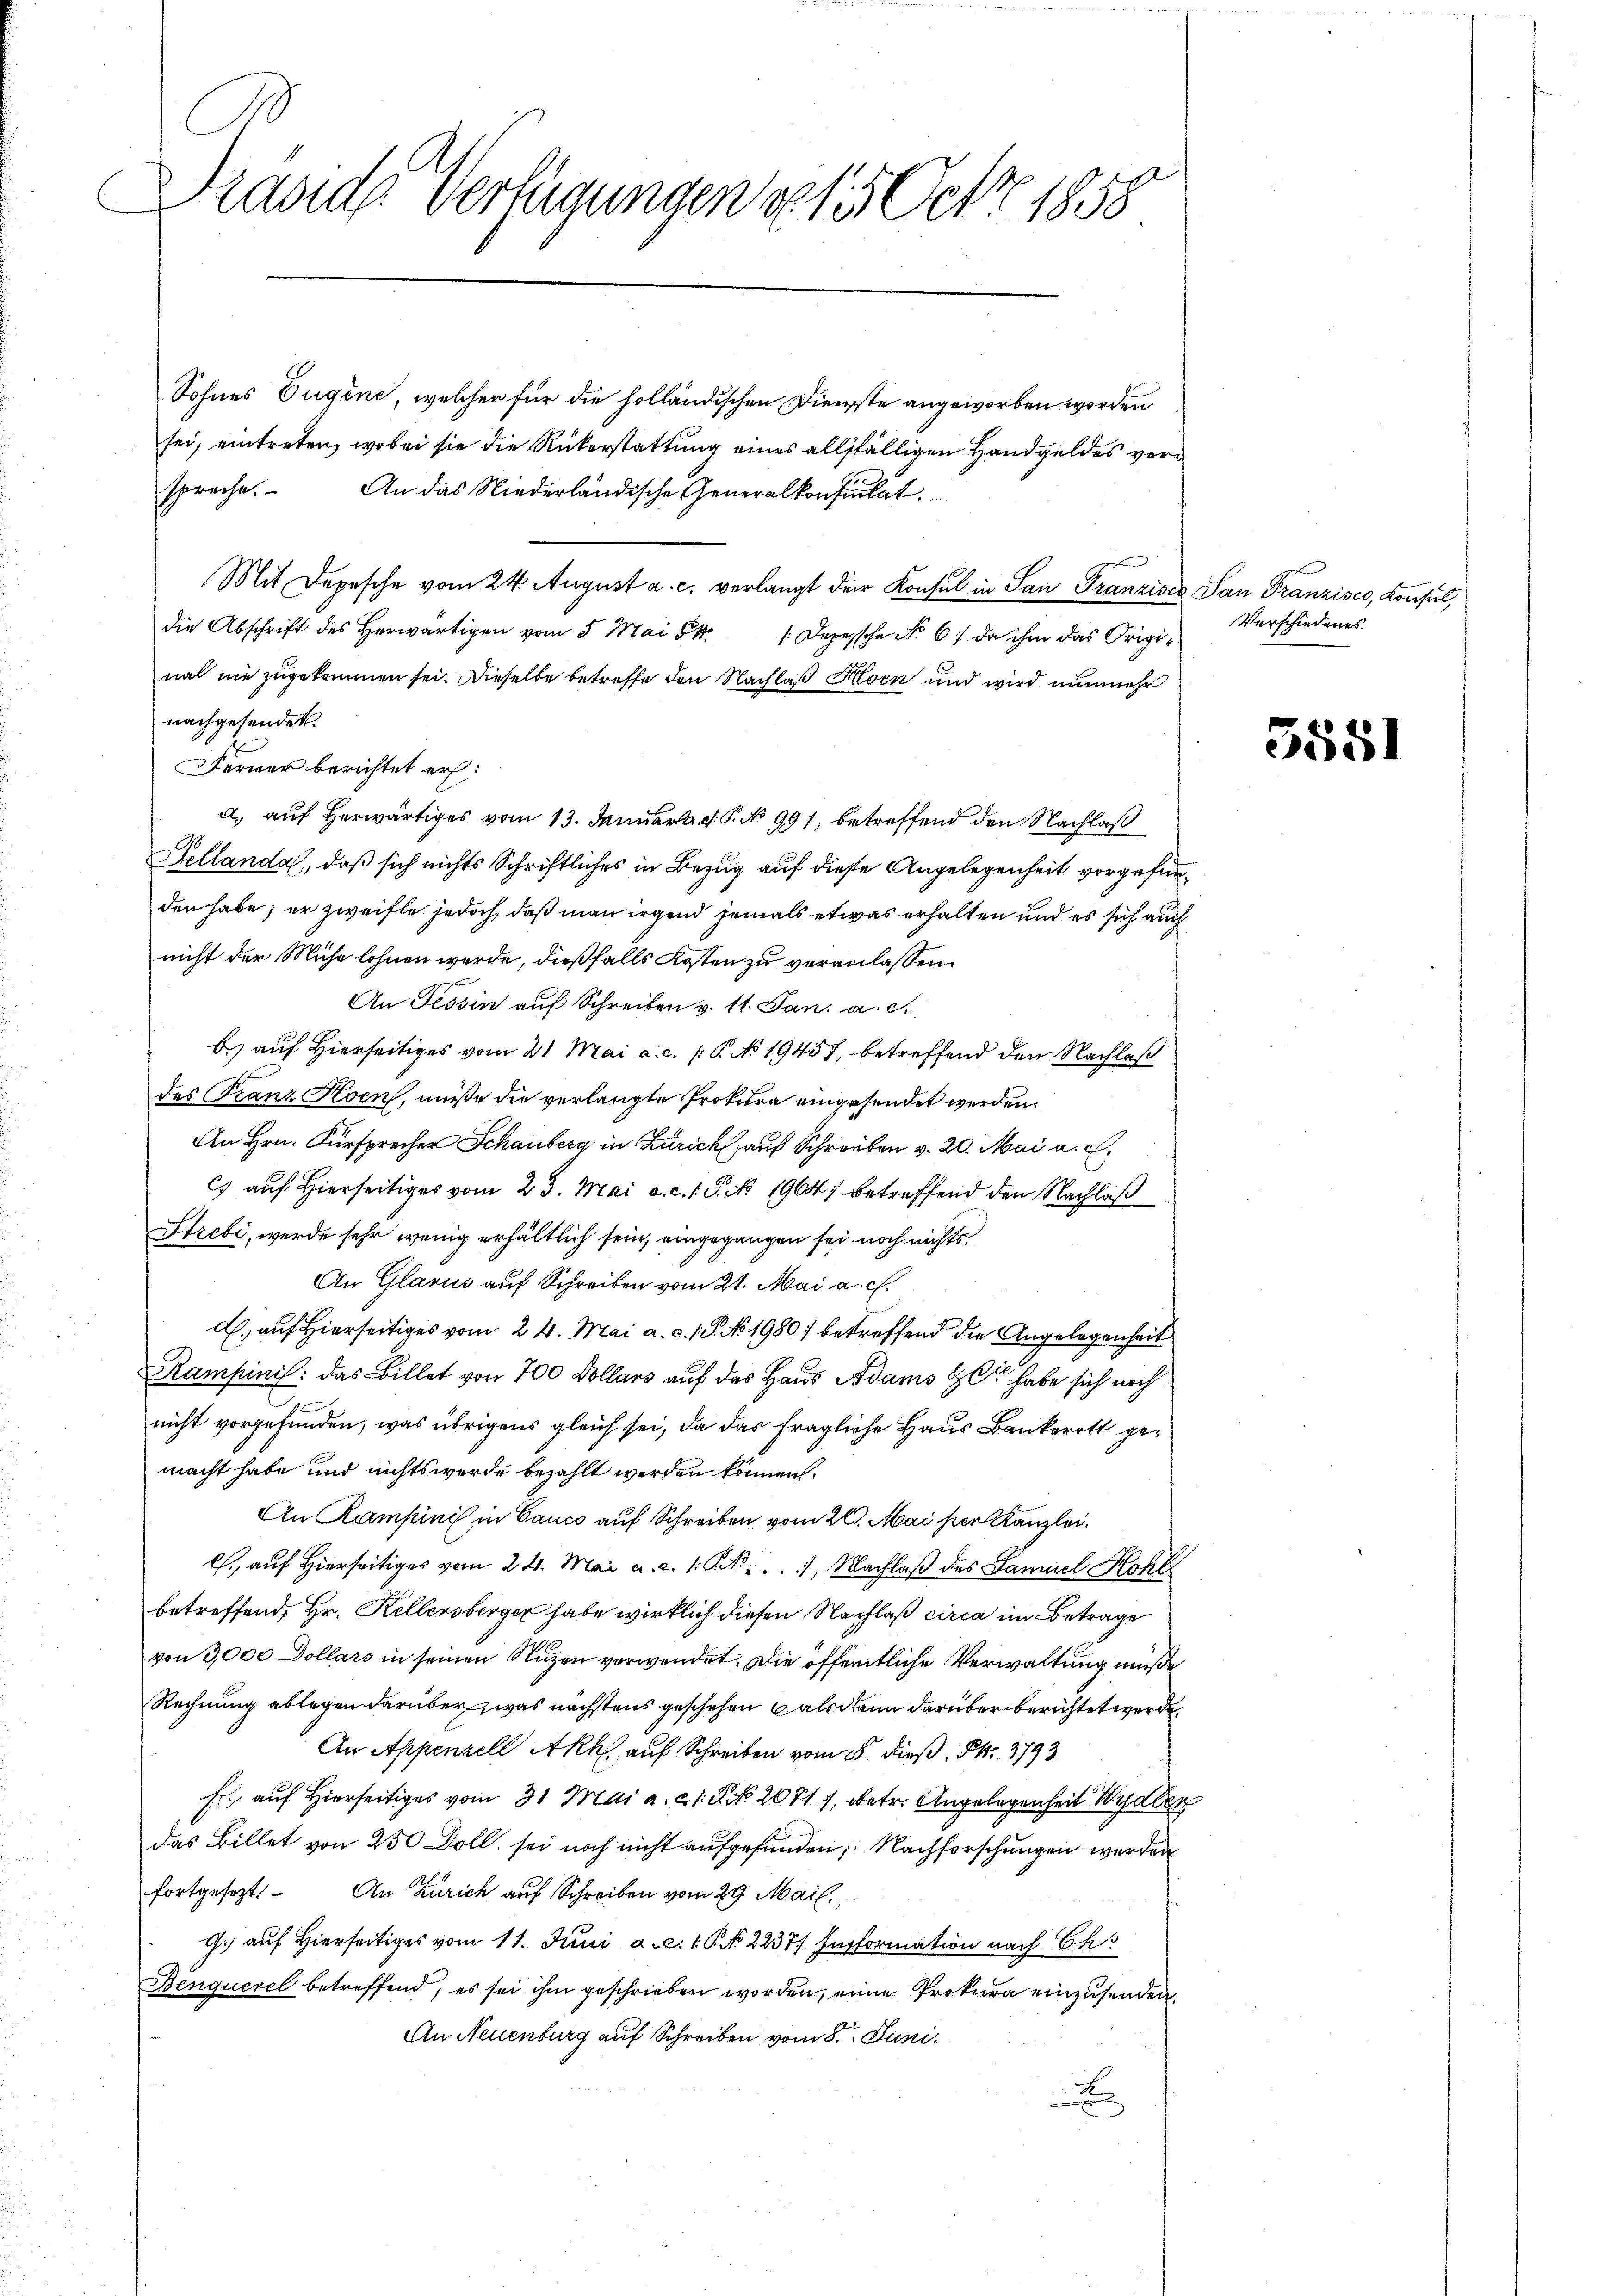
Drande Verfügungen d. 15. Petr. 1858

Sohnes Eugene, welcher für die holländischen Dienste angeworben worden
sei, eintreten, wobei sie die Rükerstattung eines allfälligen Handgeldes versproche. An das Niederländische Generalkonsulat
Mit Depesche vom 24. August a. c. verlangt der Konsul in San Franzisca San Franzisco, Konsul,
die Abschrift des herwärtigen vom 5. Mai 841. Depesche No. 6. da ihm das Original nie zugekommen sei. Dieselbe betreffe den Nachlaß Hoen und wird nunmehr
nachgesendet.
Ferner berichtet er:
d) auf herwärtiges vom 13. Januar d. P. No 991, betreffend den Nachlaß
Fellanda, daß sich nichts Schriftliches in Bezug auf diese Angelegenheit vorgefunden habe; er zweifle jedoch, daß man irgend jemals etwas erhalten und es sich auch
nicht der Mühe lohnen werde, dießfalls Kosten zu veranlassen.
An Tessin auf Schreiben v. 11. Jan. a. c.
b) auf Hierseitiges vom 21 Mai a. c. 1 P. No 19457, betreffend den Nachlaß
des Franz Hoen, müße die verlangte Prokura eingesendet werden.
An Hrn. Fürsprecher Schauberg in Zürich, auf Schreiben v. 20. Mai a. c.
C) auf Hierseitiges vom 23. Mai a. c. 1. P. No 1904 betreffend den Nachlaß
Strebi, werde sehr wenig erhältlich sein, eingegangen sei noch nichts¬
An Glarus auf Schreiben vom 21. Mai a. c.
d. auf Hierseitiges vom 24. Mai a. c. 1. No. 1980) betreffend die Angelegenheit
Kampinis: das Billet von 700 Dollars auf das Haus Adams er habe sich noch
nicht vorgefunden, was übrigens gleich sei, da das fragliche Haus Bankerott gemacht habe und nichts werde bezahlt werden können.
An Kampini in Canco auf Schreiben vom 20. Mai her Kanzlei.
l. auf hierseitiges vom 24. Mai a. a. 1. St. ..  Nachlaβ des Samuel Hohll
betreffend, Hr. Kellersberger habe wirklich diesen Nachlaß circa im Betrage
von 3,000 Dollars in seinen Nuzen verwendet. Die öffentliche Verwaltung müße
Rechnung ablegen darüber, was nächstens geschehen, als dann darüber berichtet werde.
An Appenzell Akk auf Schreiben vom 5. dieß Pkt. 1793.
f. auf Hierseitiges vom 31 Mai a. c. 18. No. 2071, betr. Angelegenheit Wydler
das Billet von 250 Doll, sei noch nicht aufgefunden; Nachforschungen werden
fortgesezt. An Zürich auf Schreiben vom 29. Mail
G. auf Hierseitiges vom 11. Juni a. c. 1 P. Nr. 2237) Insformation nach Ch
Benquerel betreffend, es sei ihm geschrieben worden, einen Prokura einzusenden.
An Neuenburg auf Schreiben vom 8. Juni.
B

Verschiedenes.

5551